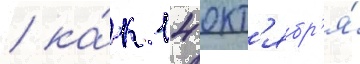
/ ка́к 14 окт'ябр'я́